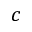
c